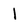
Character: l